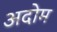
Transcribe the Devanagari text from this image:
अदोम